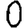
Digit: 0